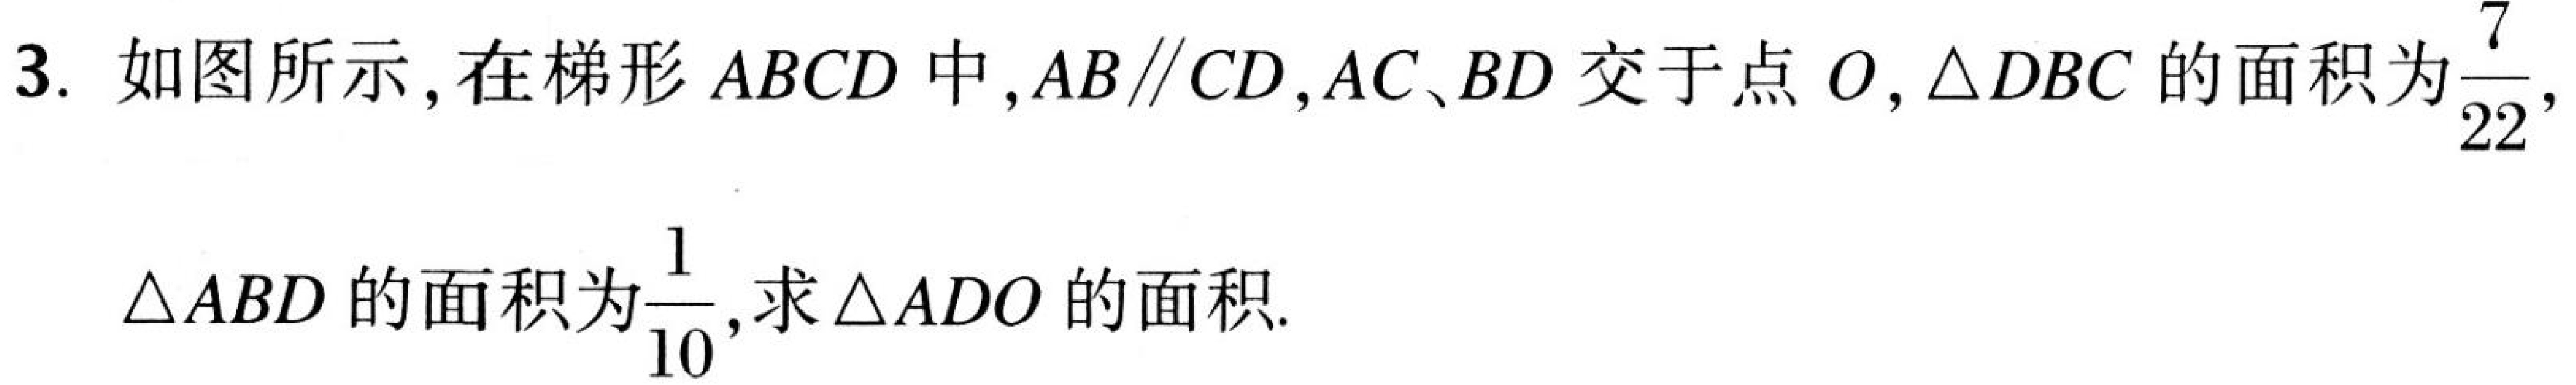
3. 如图所示，在梯形 \(ABCD\) 中，\(AB\parallel CD\)，\(AC、BD\) 交于点 \(O\)，\(\triangle DBC\)的面积为\(\frac{7}{22}\)，
\(\triangle ABD\)的面积为\(\frac{1}{10}\)，求\(\triangle ADO\)的面积.